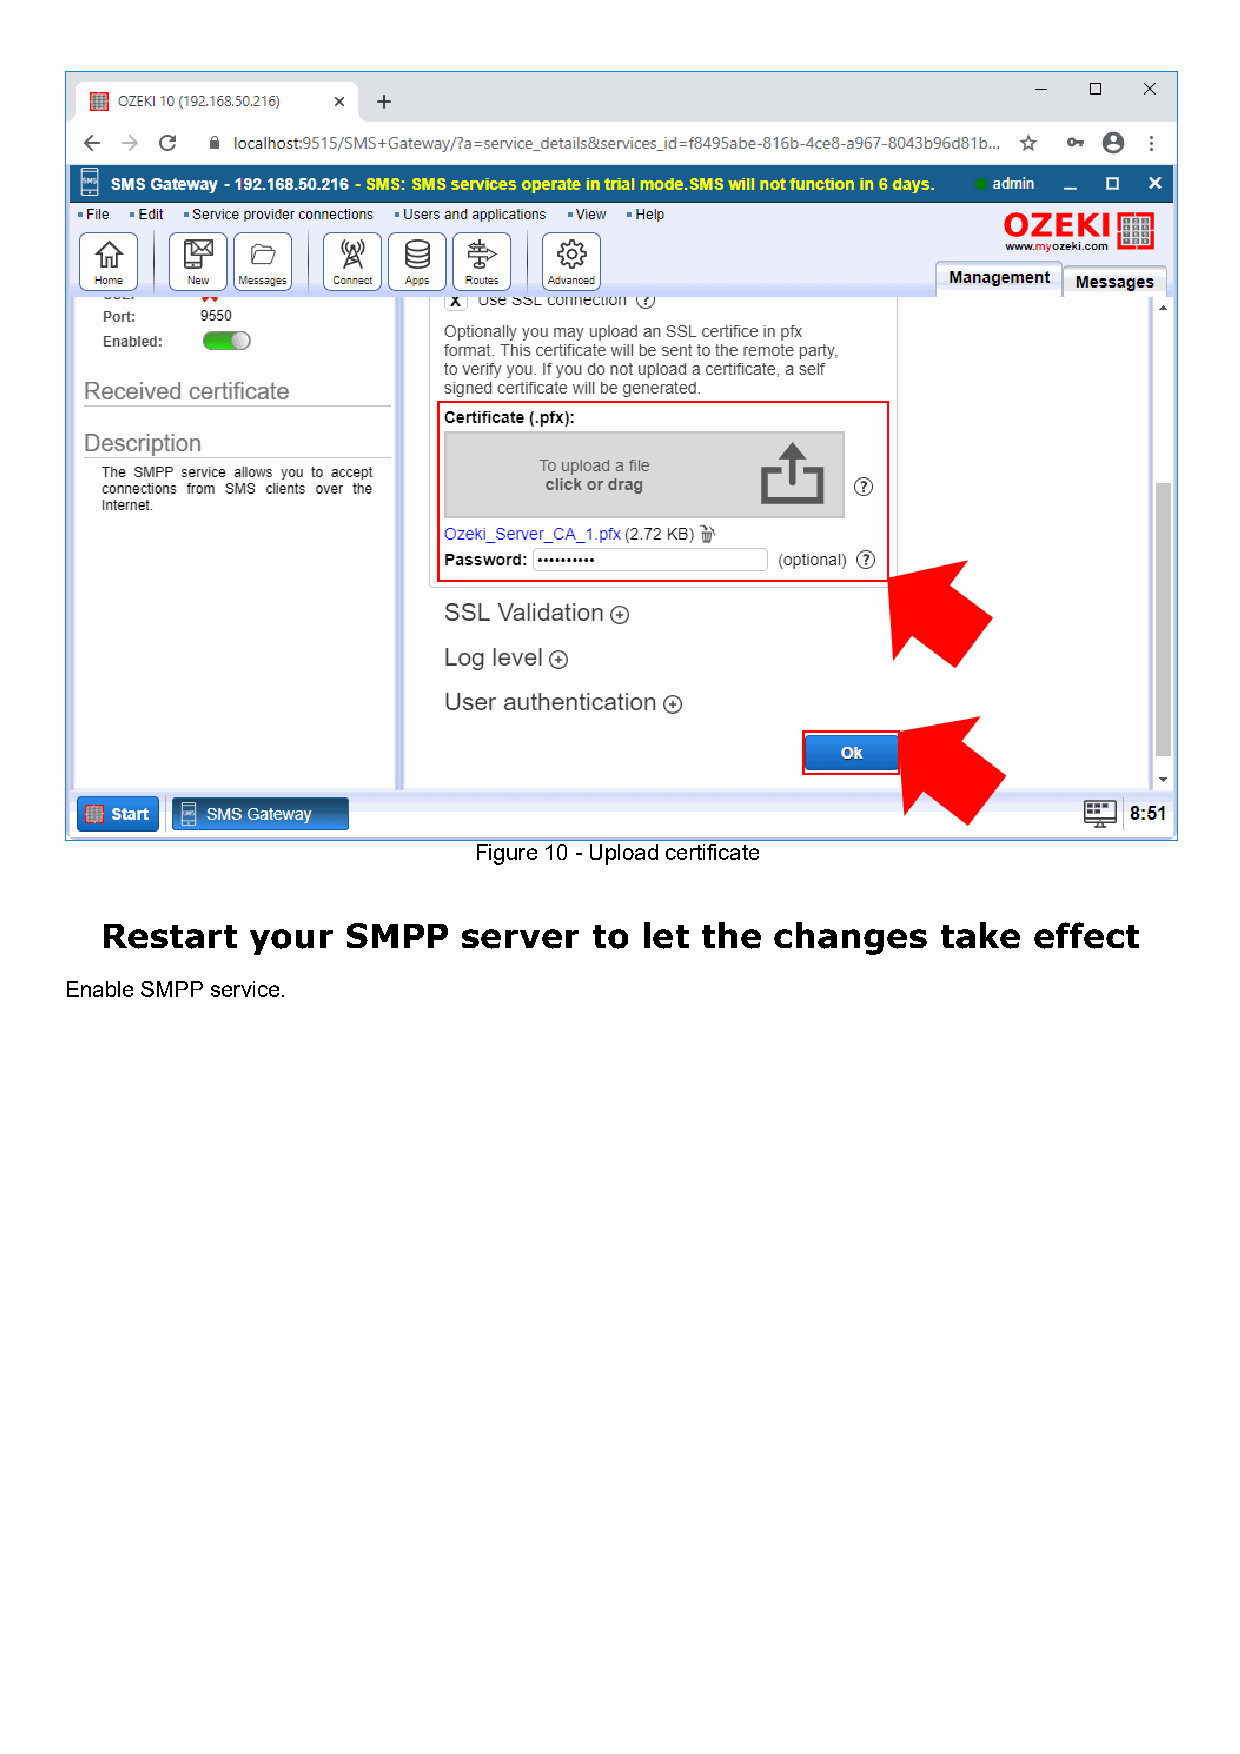
Figure 10 - Upload certificate
 Restart   your  SMPP    server  to let the  changes    take  effect
 Enable SMPP service.